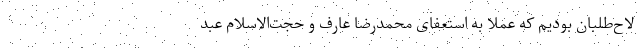
لاح‌طلبان بودیم که عملا به استعفای محمدرضا عارف و حجت‌الاسلام عبد